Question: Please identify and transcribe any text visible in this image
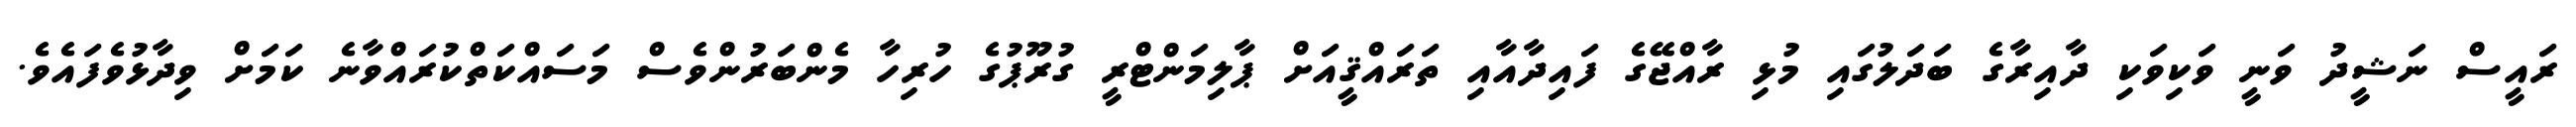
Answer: ރައީސް ނަޝީދު ވަނީ ވަކިވަކި ދާއިރާގެ ބަދަލުގައި މުޅި ރާއްޖޭގެ ފައިދާއާއި ތަރައްޤީއަށް ޕާލިމަންޓްރީ ގުރޫޕުގެ ހުރިހާ މެންބަރުންވެސް މަސައްކަތްކުރައްވާނެ ކަމަށް ވިދާޅުވެފައެވެ.